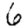
Digit: 6